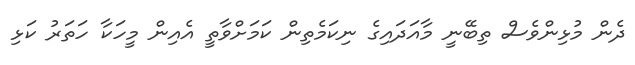
ދެން މުޅިންވެސް ތިބޭނީ މާއަދައިގެ ނިކަމެތިން ކަމަށްވާތީ އެއިން މީހަކާ ހަތަރު ކަޅި